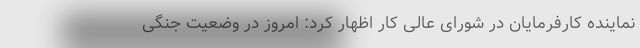
نماینده کارفرمایان در شورای عالی کار اظهار کرد: امروز در وضعیت جنگی